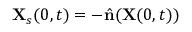
\mathbf { X } _ { s } ( 0 , t ) = - \hat { \mathbf { n } } ( \mathbf { X } ( 0 , t ) )